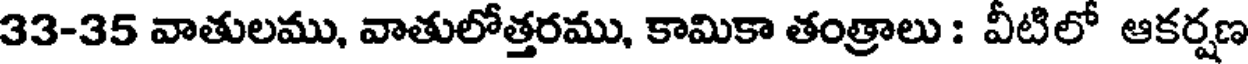
33-35 వాతులము, వాతులోత్తరము, కామికా తంత్రాలు : వీటిలో ఆకర్షణ